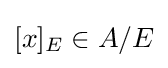
[x]_{E}\in A/E